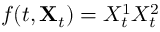
f ( t , \mathbf { X } _ { t } ) = X _ { t } ^ { 1 } X _ { t } ^ { 2 }